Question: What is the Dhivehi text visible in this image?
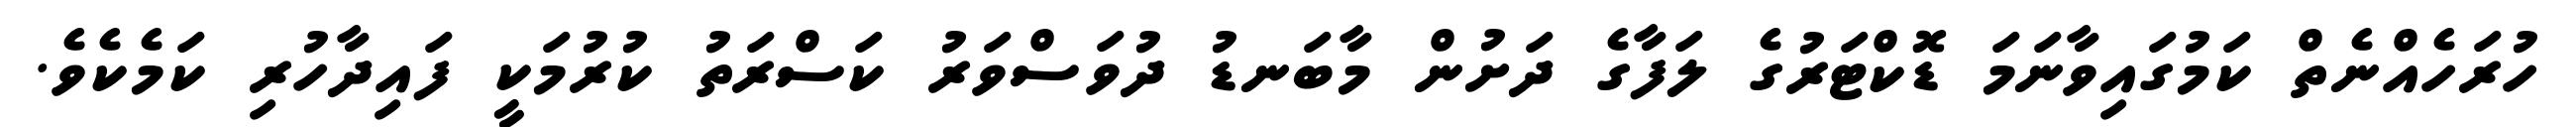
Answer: ހުރަހެއްނެތް ކަމުގައިވާނަމަ ޑޮކްޓަރުގެ ލަފާގެ ދަށުން މާބަނޑު ދުވަސްވަރު ކަސްރަތު ކުރުމަކީ ފައިދާހުރި ކަމެކެވެ.